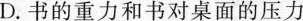
D.书的重力和书对桌面的压力